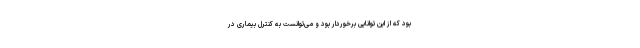
بود که از این توانایی برخوردار بود و می‌توانست به کنترل بیماری در